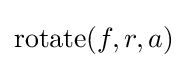
\operatorname {rotate} (f,r,a)